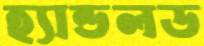
হ্যান্ডলড